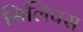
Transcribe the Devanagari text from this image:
सिलिपस